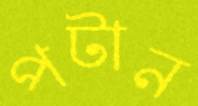
পটান